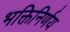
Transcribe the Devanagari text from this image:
भक्तिनिर्णय